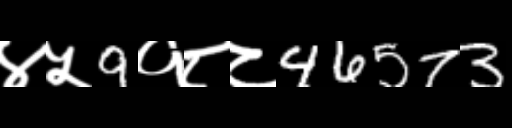
Text: ४५9१८८46573